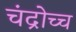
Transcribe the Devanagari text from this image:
चंद्रोच्च